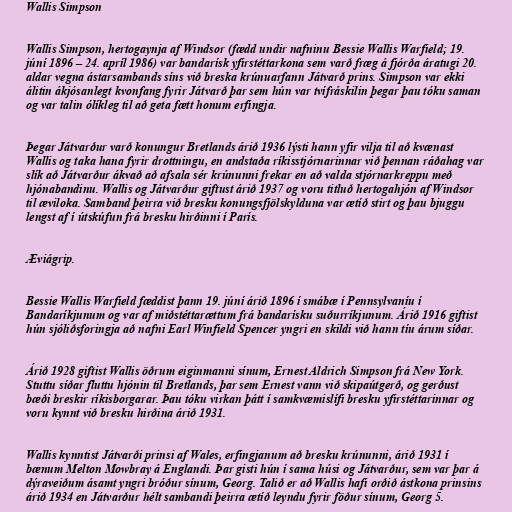
Wallis Simpson

Wallis Simpson, hertogaynja af Windsor (fædd undir nafninu Bessie Wallis Warfield; 19.
júní 1896 – 24. apríl 1986) var bandarísk yfirstéttarkona sem varð fræg á fjórða áratugi 20.
aldar vegna ástarsambands síns við breska krúnuarfann Játvarð prins. Simpson var ekki
álitin ákjósanlegt kvonfang fyrir Játvarð þar sem hún var tvífráskilin þegar þau tóku saman
og var talin ólíkleg til að geta fætt honum erfingja.

Þegar Játvarður varð konungur Bretlands árið 1936 lýsti hann yfir vilja til að kvænast
Wallis og taka hana fyrir drottningu, en andstaða ríkisstjórnarinnar við þennan ráðahag var
slík að Játvarður ákvað að afsala sér krúnunni frekar en að valda stjórnarkreppu með
hjónabandinu. Wallis og Játvarður giftust árið 1937 og voru titluð hertogahjón af Windsor
til æviloka. Samband þeirra við bresku konungsfjölskylduna var ætíð stirt og þau bjuggu
lengst af í útskúfun frá bresku hirðinni í París.

Æviágrip.

Bessie Wallis Warfield fæddist þann 19. júní árið 1896 í smábæ í Pennsylvaníu í
Bandaríkjunum og var af miðstéttarættum frá bandarísku suðurríkjunum. Árið 1916 giftist
hún sjóliðsforingja að nafni Earl Winfield Spencer yngri en skildi við hann tíu árum síðar.

Árið 1928 giftist Wallis öðrum eiginmanni sínum, Ernest Aldrich Simpson frá New York.
Stuttu síðar fluttu hjónin til Bretlands, þar sem Ernest vann við skipaútgerð, og gerðust
bæði breskir ríkisborgarar. Þau tóku virkan þátt í samkvæmislífi bresku yfirstéttarinnar og
voru kynnt við bresku hirðina árið 1931.

Wallis kynntist Játvarði prinsi af Wales, erfingjanum að bresku krúnunni, árið 1931 í
bænum Melton Mowbray á Englandi. Þar gisti hún í sama húsi og Játvarður, sem var þar á
dýraveiðum ásamt yngri bróður sínum, Georg. Talið er að Wallis hafi orðið ástkona prinsins
árið 1934 en Játvarður hélt sambandi þeirra ætíð leyndu fyrir föður sínum, Georg 5.